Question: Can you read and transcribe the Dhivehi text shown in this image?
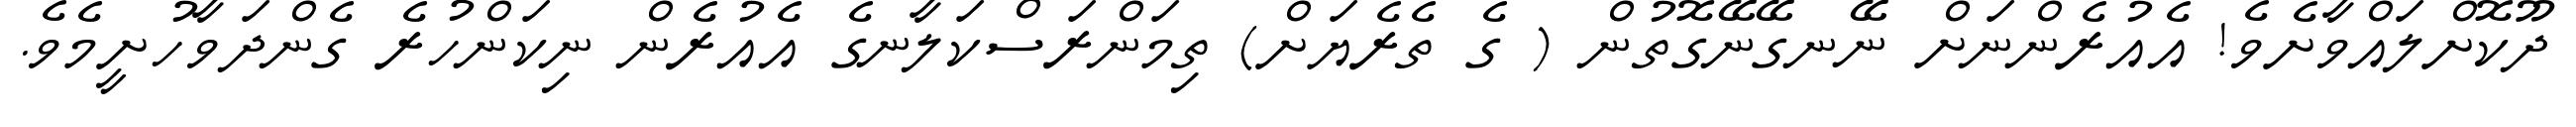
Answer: ދޫކޮށްލައްވާށެވެ! އެއުރެންނަށް ނޭނގޭނޭގޮތުން ( ގެ ތެރެޔަށް) ތިމަންރަސްކަލާނގެ އެއުރެން ނިކަންހުރެ ގެންދަވާހުށީމެވެ.